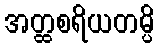
အတ္ထစရိယတမ္ပိ